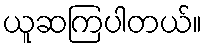
ယူဆကြပါတယ်။